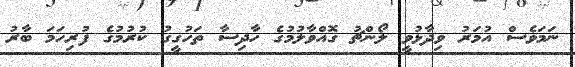
ނަމަވެސް އުމަރު ވިދާޅުވީ ލޯންޗު ގޮއްވާލުމުގެ ހާދިސާ ތަހުގީގު ކުރުމުގެ ފުރިހަމަ ބާރު